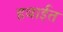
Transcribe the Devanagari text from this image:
हवाईत